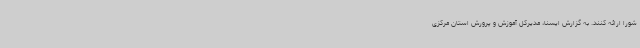
شورا ارائه کنند. به گزارش ایسنا، مدیرکل آموزش و پرورش استان مرکزی